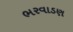
ભરવાડણ